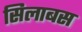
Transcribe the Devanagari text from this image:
सिलाबस